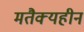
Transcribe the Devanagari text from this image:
मतैक्यहीन